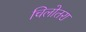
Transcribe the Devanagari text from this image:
चिलोतरा